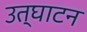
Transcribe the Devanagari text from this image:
उत्घाटन